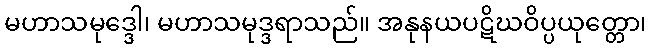
မဟာသမုဒ္ဒေါ၊ မဟာသမုဒ္ဒရာသည်။ အနုနယပဋိဃဝိပ္ပယုတ္တော၊